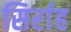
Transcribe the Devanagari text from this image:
सिर्राह